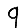
Digit: 9